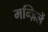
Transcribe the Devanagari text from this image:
मन्ज़िलें